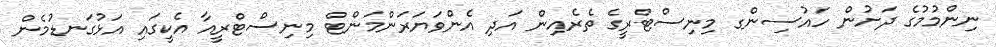
ނިންމުމުގެ ދަށުން ހައުސިންގ މިނިސްޓްރީގެ ތެރެއިން އަދި އެންވަޔަރަންމަންޓް މިނިސްޓްރީއާ އެކީގައި އަޅުގަނޑުމެން